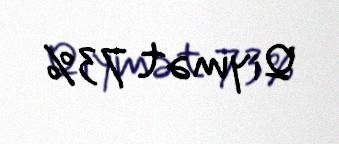
Qiymət 73%